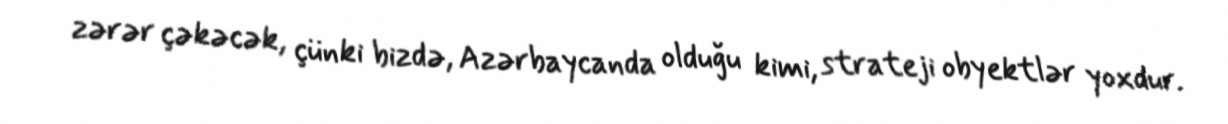
zərər çəkəcək, çünki bizdə, Azərbaycanda olduğu kimi, strateji obyektlər yoxdur.